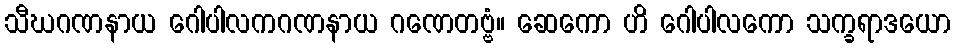
သီဃဂဏနာယ ဂေါပါလကဂဏနာယ ဂဏေတဗ္ဗံ။ ဆေကော ဟိ ဂေါပါလကော သက္ခရာဒယော